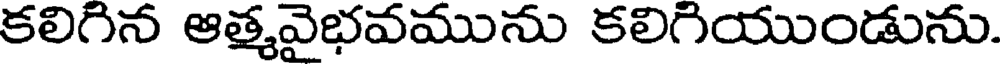
కలిగిన ఆత్మవైభవమును కలిగియుండును.